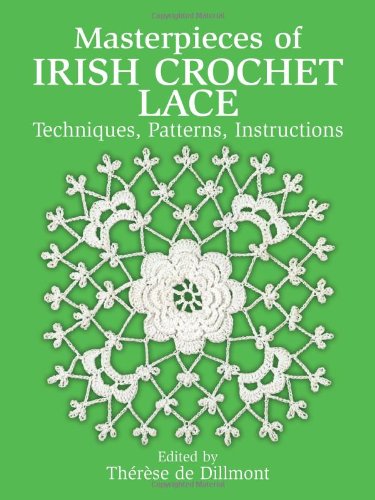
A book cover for Masterpieces of Irish Crochet Lace: Techniques, Patterns, Instructions (Dover Knitting, Crochet, Tatting, Lace); Crafts, Hobbies & Home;